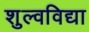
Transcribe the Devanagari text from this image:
शुल्वविद्या